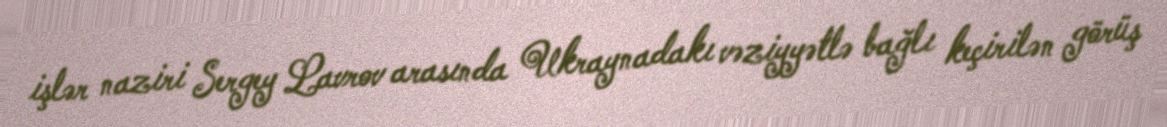
işlər naziri Sergey Lavrov arasında Ukraynadakı vəziyyətlə bağlı keçirilən görüş